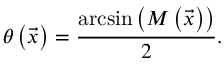
\theta \left( \vec { x } \right) = \frac { \arcsin { \left( M \left( \vec { x } \right) \right) } } { 2 } .